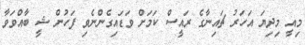
މިއީ މިދިޔަ އަހަރު ޗައިނާގެ ރައީސް ކަމަށް ވަޑައިގެންނެވި ފަހުން ޝީ ބާއްވަވާ